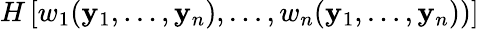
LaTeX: H\left[w_{1}(\mathbf{y}_{1},\dots,\mathbf{y}_{n}),\dots,w_{n}(\mathbf{y}_{1},\dots,\mathbf{y}_{n}))\right]